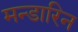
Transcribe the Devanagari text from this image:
मन्डारिन